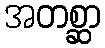
အတစ္ဆာ